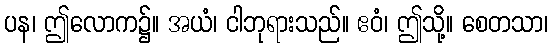
ပန၊ ဤလောက၌။ အယံ၊ ငါဘုရားသည်။ ဧဝံ၊ ဤသို့။ စေတသာ၊